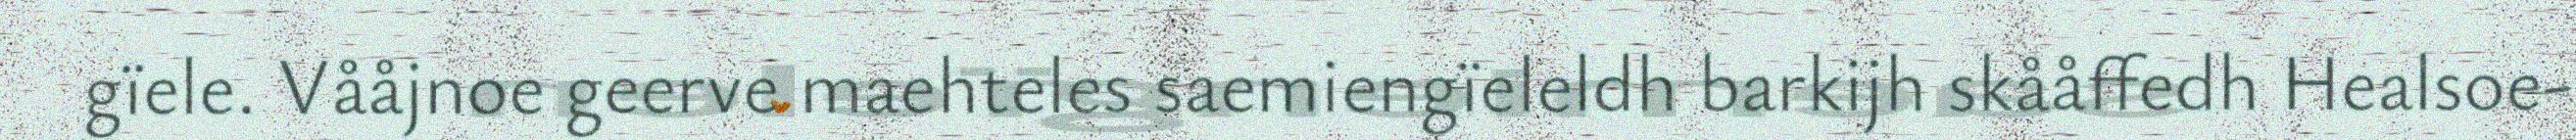
gïele. Vååjnoe geerve maehteles saemiengïeleldh barkijh skååffedh Healsoe-